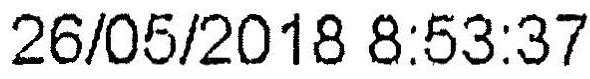
26/05/2018 8:53:37